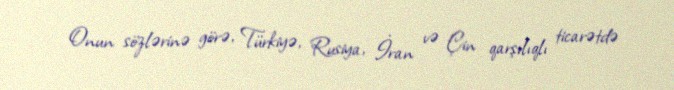
Onun sözlərinə görə, Türkiyə, Rusiya, İran və Çin qarşılıqlı ticarətdə